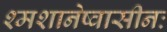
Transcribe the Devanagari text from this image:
श्मशानेष्वासीनः